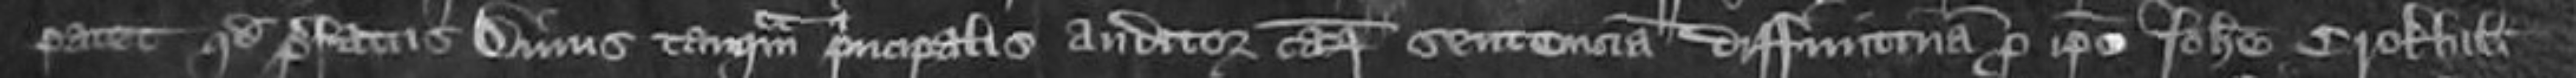
patet quod prefatus Dinus tanquam principalis auditor causorum sententiam diffinitivam pro ipse Johanne Crokhill